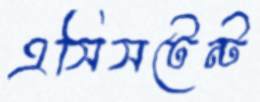
এসিসটেন্ট